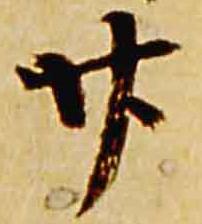
廿